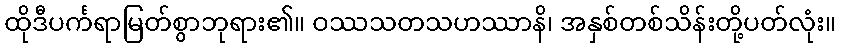
ထိုဒီပင်္ကရာမြတ်စွာဘုရား၏။ ဝဿသတသဟဿာနိ၊ အနှစ်တစ်သိန်းတို့ပတ်လုံး။